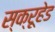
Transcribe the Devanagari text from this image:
स्क्रूहेड